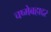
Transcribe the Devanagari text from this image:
चष्मेबहाद्दर